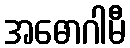
အဓောဂါမီ